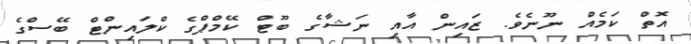
އޮތް ކަމެއް ނޫނެވެ. ޒައިން އާއި ނަޝާގެ ބޫޓް ކޭމްޕްގެ ކްލައިންޓް ބޭސްގެ